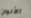
الألوان